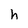
Character: h